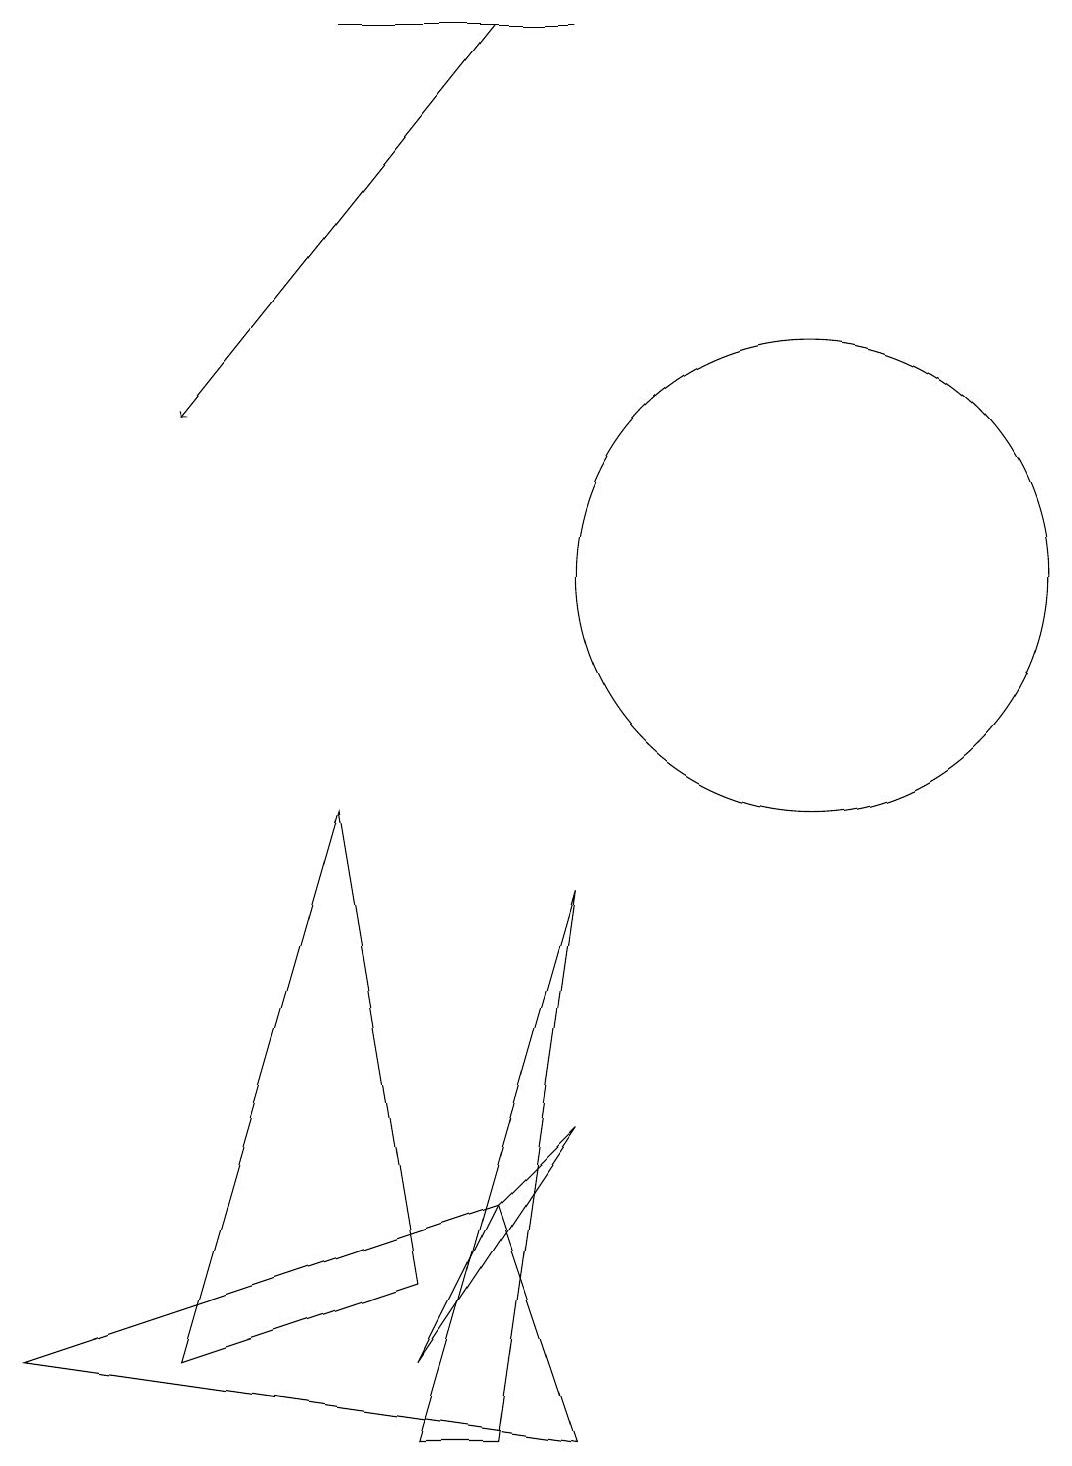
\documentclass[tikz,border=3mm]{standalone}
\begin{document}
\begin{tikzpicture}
\draw (10,12) circle (3);
\draw (6,4) -- (0,2) -- (7,1) -- cycle;
\draw (2,10) rectangle (2,10);
\draw (5,2) -- (7,5) -- (6,4) -- cycle;
\draw (7,19) rectangle (4,19);
\draw[->] (6,19) -- (2,14);
\draw (5,1) -- (7,8) -- (6,1) -- cycle;
\draw (5,3) -- (4,9) -- (2,2) -- cycle;
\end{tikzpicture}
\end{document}